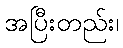
အပြီးတည်း၊